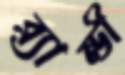
ব্র্যান্ডী